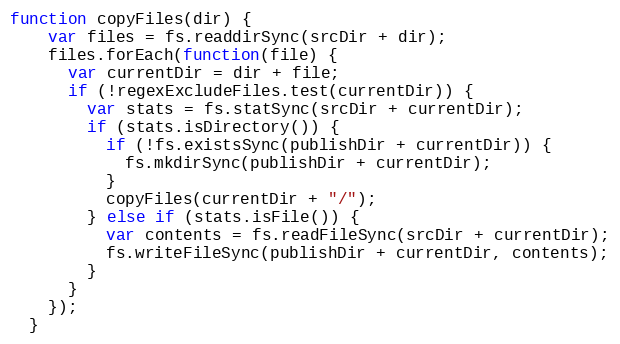
Language: JavaScript
function copyFiles(dir) {
    var files = fs.readdirSync(srcDir + dir);
    files.forEach(function(file) {
      var currentDir = dir + file;
      if (!regexExcludeFiles.test(currentDir)) {
        var stats = fs.statSync(srcDir + currentDir);
        if (stats.isDirectory()) {
          if (!fs.existsSync(publishDir + currentDir)) {
            fs.mkdirSync(publishDir + currentDir);
          }
          copyFiles(currentDir + "/");
        } else if (stats.isFile()) {
          var contents = fs.readFileSync(srcDir + currentDir);
          fs.writeFileSync(publishDir + currentDir, contents);
        }
      }
    });
  }